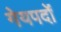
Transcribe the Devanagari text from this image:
गेयपदों